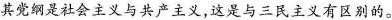
其党纲是社会主义与共产主义，这是与三民主义有区别的。